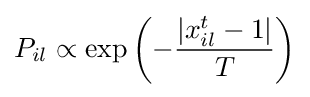
P_{il}\propto \exp \left(-{\frac {|x_{il}^{t}-1|}{T}}\right)